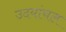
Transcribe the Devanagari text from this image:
उदयांचल